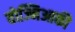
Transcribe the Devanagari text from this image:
वोज्निआकी